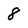
Character: 8